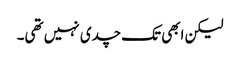
لیکن ابھی تک چدی نہیں تھی۔